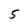
Character: 5